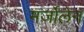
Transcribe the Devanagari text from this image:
मर्जोलेन